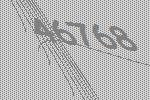
46768